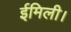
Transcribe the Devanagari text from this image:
ईमिली।